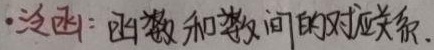
·泛函：函数和数之间的对应关系.